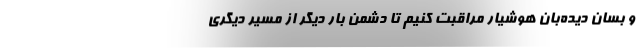
و بسان دیده‌بان هوشیار مراقبت کنیم تا دشمن بار دیگر از مسیر دیگری